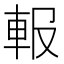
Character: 𨋁